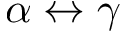
\alpha \leftrightarrow \gamma